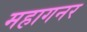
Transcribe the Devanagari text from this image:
महागनर